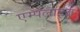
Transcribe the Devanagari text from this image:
एम्पलाइज